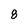
Character: 8